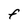
Character: F